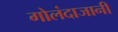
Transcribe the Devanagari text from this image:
गोलंदाजानी